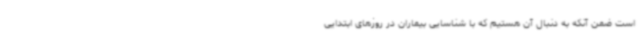
است ضمن آنکه به دنبال آن هستیم که با شناسایی بیماران در روزهای ابتدایی